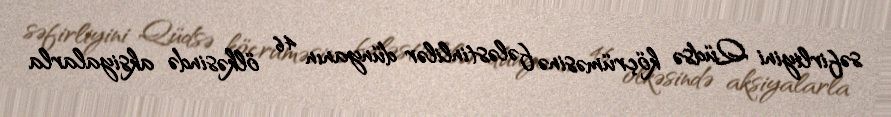
səfirliyini Qüdsə köçrüməsinə fələstinlilər dünyanın 46 ölkəsində aksiyalarla